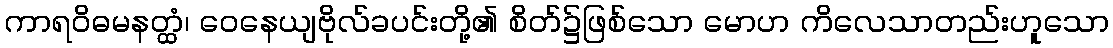
ကာရဝိဓမနတ္ထံ၊ ဝေနေယျဗိုလ်ခပင်းတို့၏ စိတ်၌ဖြစ်သော မောဟ ကိလေသာတည်းဟူသော